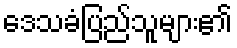
ဒေသခံပြည်သူများ၏